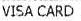
VISA CARD